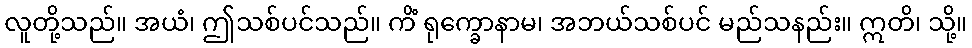
လူတို့သည်။ အယံ၊ ဤသစ်ပင်သည်။ ကိံ ရုက္ခောနာမ၊ အဘယ်သစ်ပင် မည်သနည်း။ ဣတိ၊ သို့။